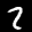
Label: 2